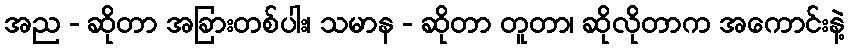
အည - ဆိုတာ အခြားတစ်ပါး၊ သမာန - ဆိုတာ တူတာ၊ ဆိုလိုတာက အကောင်းနဲ့